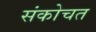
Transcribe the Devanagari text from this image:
संकोचत